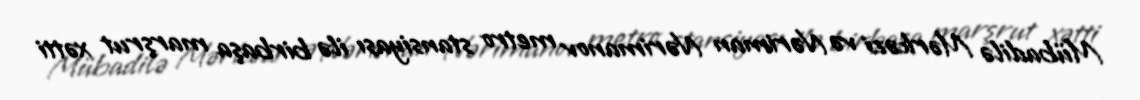
Mübadilə Mərkəzi və Nəriman Nərimanov metro stansiyası ilə birbaşa marşrut xətti